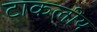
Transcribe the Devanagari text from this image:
टाकलीय